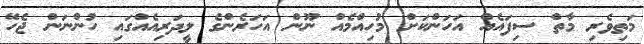
މަތިވެރި މާތް ސިފައެއް އަހަންކަށް މުހިއްމެއް ނޫން އަހަރެންގެ ލީދަރިއެއްގައި ހުންނަން ޖެހޭ